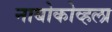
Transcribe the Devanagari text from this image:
नाबोकोव्हला